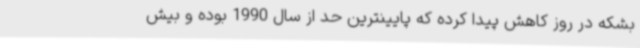
بشکه در روز کاهش پیدا کرده که پایینترین حد از سال 1990 بوده و بیش